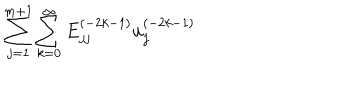
{ \sum _ { j = 1 } ^ { m + 1 } \sum _ { k = 0 } ^ { \infty } E _ { j j } ^ { ( - 2 k - 1 ) } u _ { j } ^ { ( - 2 k - 1 ) } }